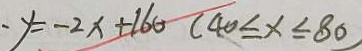
y = - 2 x + 1 6 0 ( 4 0 \leq x \leq 8 0 )